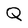
Character: Q